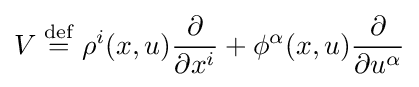
V\mathrel {\stackrel {\mathrm {def} }{=}} \rho ^{i}(x,u){\frac {\partial }{\partial x^{i}}}+\phi ^{\alpha }(x,u){\frac {\partial }{\partial u^{\alpha }}}